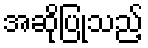
အဆိုပြုသည့်